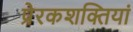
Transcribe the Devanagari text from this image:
प्रेरकशक्तियां